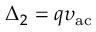
\Delta _ { 2 } = q \upsilon _ { \mathrm { a c } }